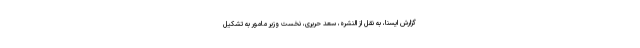
گزارش ایسنا، به نقل از النشره، سعد حریری، نخست وزیر مامور به تشکیل